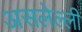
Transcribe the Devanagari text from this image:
असलेल्ली